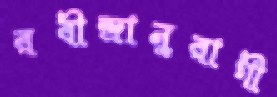
রবীন্দ্রানুরাগী